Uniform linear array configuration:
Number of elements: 64
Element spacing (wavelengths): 1
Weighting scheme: hamming
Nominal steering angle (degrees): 0
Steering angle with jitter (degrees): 0.5111
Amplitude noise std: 0.05
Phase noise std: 0.05

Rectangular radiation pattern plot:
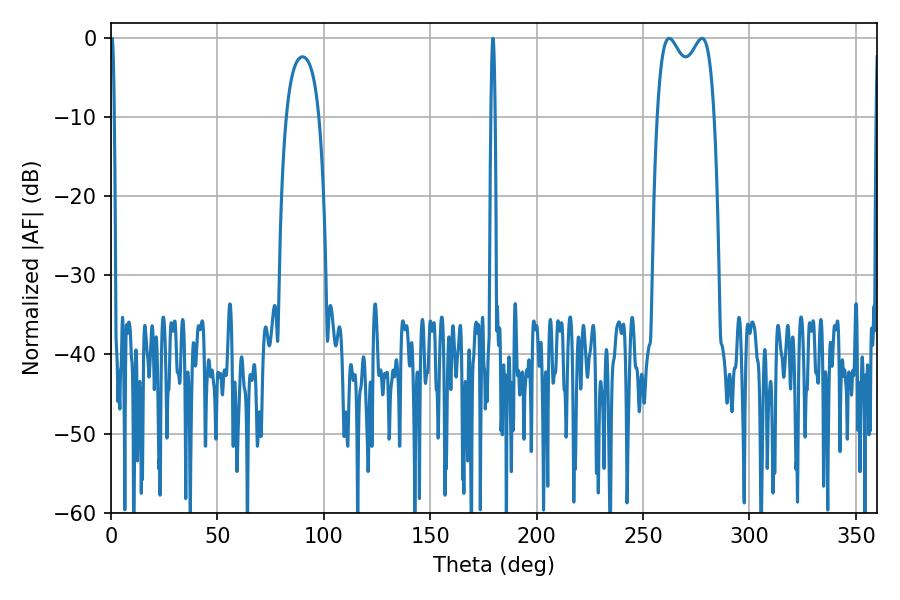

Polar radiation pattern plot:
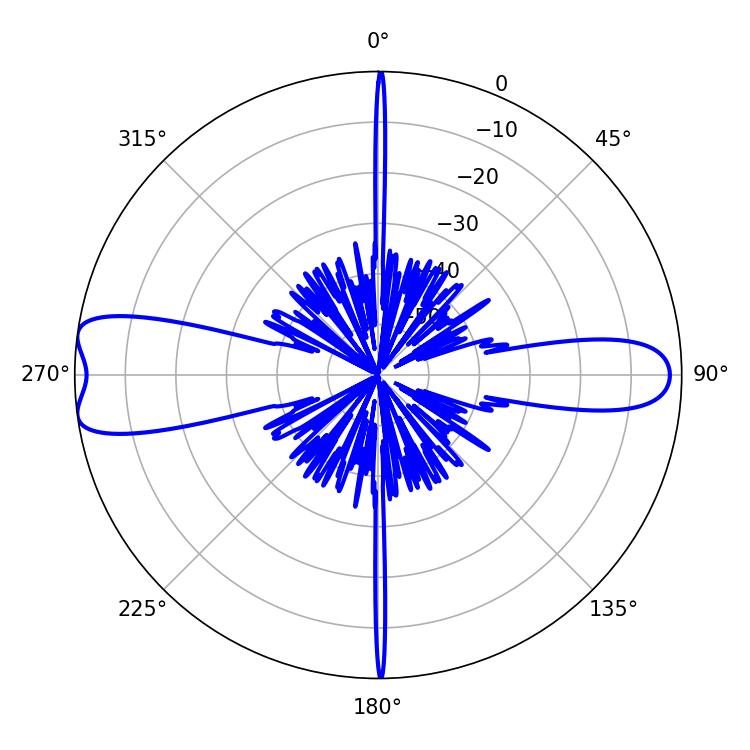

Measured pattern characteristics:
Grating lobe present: TRUE
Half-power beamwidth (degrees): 22.32
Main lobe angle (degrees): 262.26